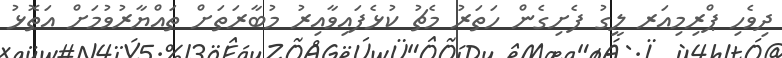
ދިވެހި ޕްރިމިއަރ ލީގު ފެށިގެން ހަތަރު މެޗު ކުޅެފައިވާއިރު މުބާރަތަށް ތައްޔާރުވުމަށް އަތޮޅު